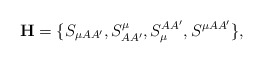
\begin{align*}\mathbf{H}=\{S_{\mu AA^{\prime }},S_{AA^{\prime }}^{\mu },S_{\mu}^{AA^{\prime }},S^{\mu AA^{\prime }}\}, \end{align*}